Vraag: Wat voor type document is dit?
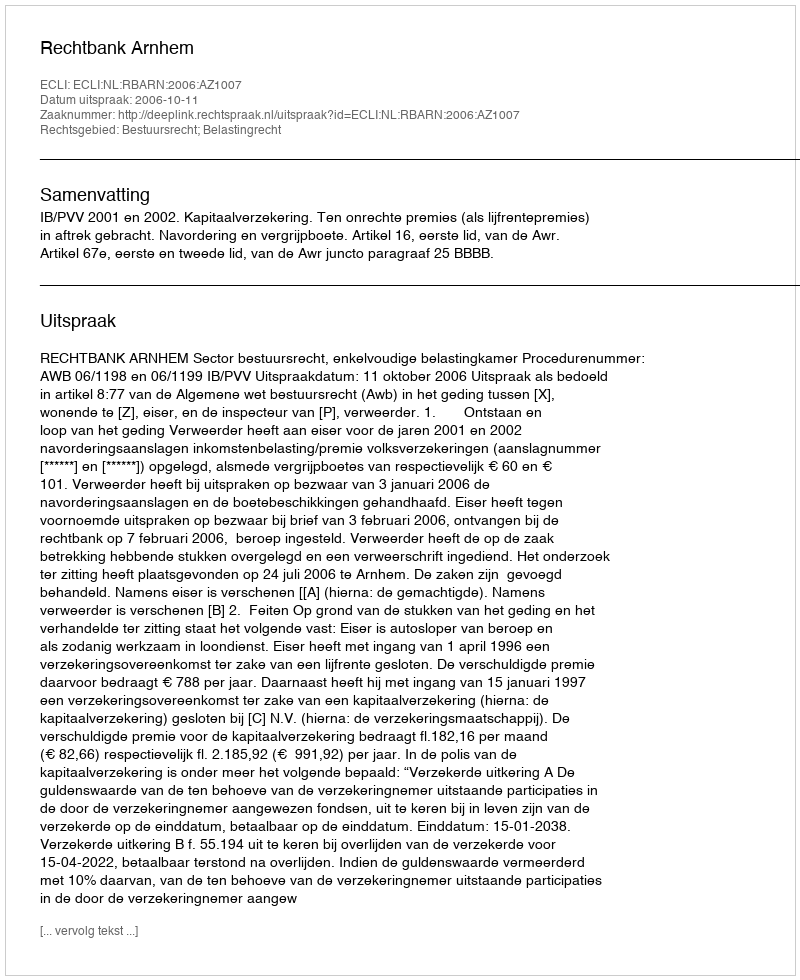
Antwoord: Uitspraak